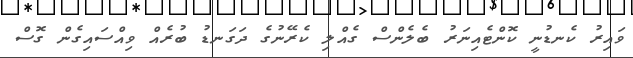
ވައިރު ކެނޑުނީ ކޮންޓެއިނަރު ބެލެންސް ގެއްލި ކެރޭނުގެ ދަގަނޑު ބުރެއް ވިއްސައިގެން ގޮސް